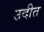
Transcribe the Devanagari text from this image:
उदीत